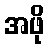
အဖို